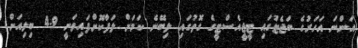
އަންނަ އަހަރުގެ ބަޖެޓުގައި ޓީޖީއެސްޓީގެ ގޮތުގައި ލިބޭނެ ކަމަށް ލަފާކޮށްފައިވަނީ 4.9 ބިލިއަން